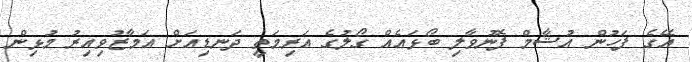
އޭގެ ފަހުން އުޝާމް ފޮނުވާލި ބޯޅައެއް ގޯލުގެ އަރިމަތީ ދަނޑިއަށް އަމާޒުވިއިރު މުޅިން